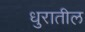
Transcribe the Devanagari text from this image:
धुरातील